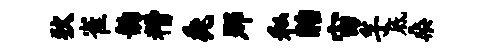
狄雀韵糟毳那私眙宙孚底桑